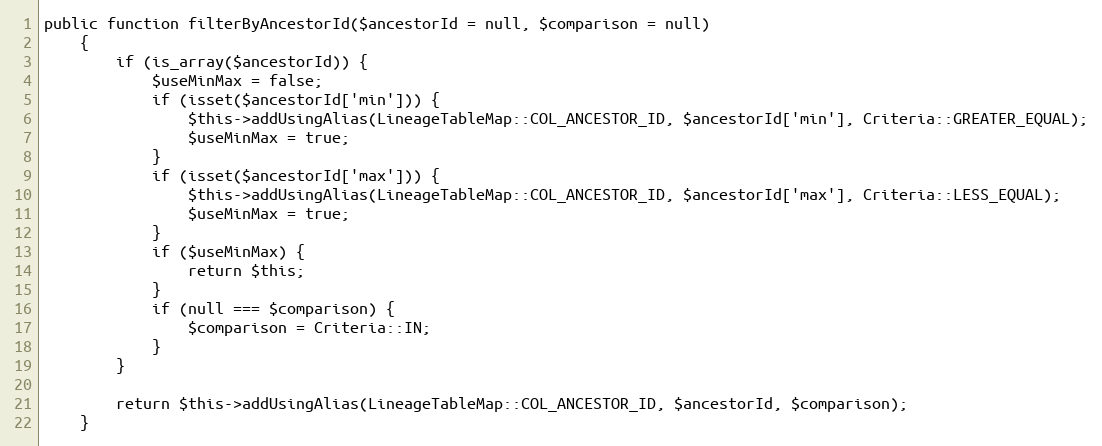
Language: PHP
public function filterByAncestorId($ancestorId = null, $comparison = null)
    {
        if (is_array($ancestorId)) {
            $useMinMax = false;
            if (isset($ancestorId['min'])) {
                $this->addUsingAlias(LineageTableMap::COL_ANCESTOR_ID, $ancestorId['min'], Criteria::GREATER_EQUAL);
                $useMinMax = true;
            }
            if (isset($ancestorId['max'])) {
                $this->addUsingAlias(LineageTableMap::COL_ANCESTOR_ID, $ancestorId['max'], Criteria::LESS_EQUAL);
                $useMinMax = true;
            }
            if ($useMinMax) {
                return $this;
            }
            if (null === $comparison) {
                $comparison = Criteria::IN;
            }
        }

        return $this->addUsingAlias(LineageTableMap::COL_ANCESTOR_ID, $ancestorId, $comparison);
    }